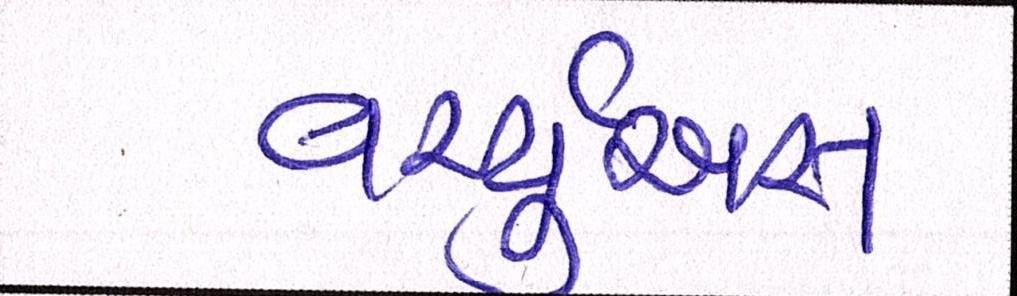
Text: વર્ચ્યૂઅસ